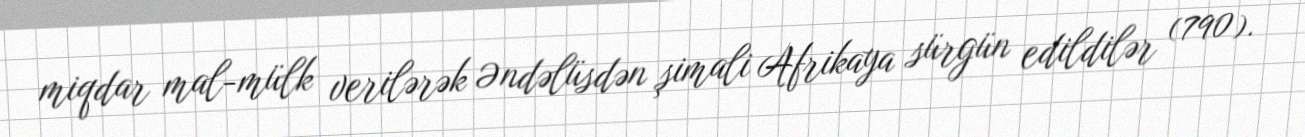
miqdar mal-mülk verilərək Əndəlüsdən şimali Afrikaya sürgün edildilər (790).